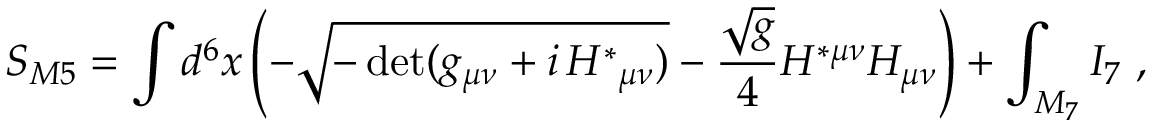
S _ { M 5 } = \int d ^ { 6 } x \left( - \sqrt { - \operatorname * { d e t } ( g _ { \mu \nu } + i \, { \cal H } ^ { * } { } _ { \mu \nu } ) } - \frac { \sqrt { g } } 4 { \cal H } ^ { * \mu \nu } { \cal H } _ { \mu \nu } \right) + \int _ { { \cal M } _ { 7 } } I _ { 7 } \ ,